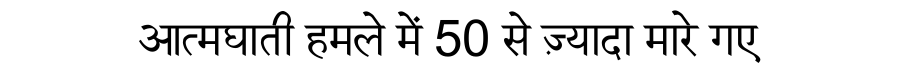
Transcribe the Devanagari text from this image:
आत्मघाती हमले में 50 से ज़्यादा मारे गए